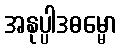
အနုပ္ပါဒဓမ္မော